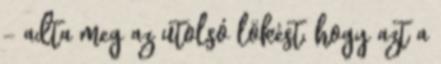
- adta meg az utolsó lökést, hogy azt a